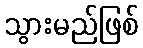
သွားမည်ဖြစ်